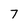
Character: 7